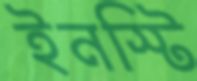
ইনস্টি